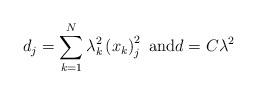
LaTeX: \begin{align*}d_{j}=\sum_{k=1}^{N}\lambda_{k}^{2}\left( x_{k}\right) _{j}^{2}\text{ and}d=C\lambda^{2}\end{align*}